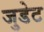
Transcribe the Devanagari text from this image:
जुडेट